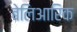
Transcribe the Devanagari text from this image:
बेलिआरिक